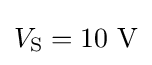
V_{\mathrm {S} }=10\ \mathrm {V}